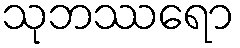
သုဘဿရော